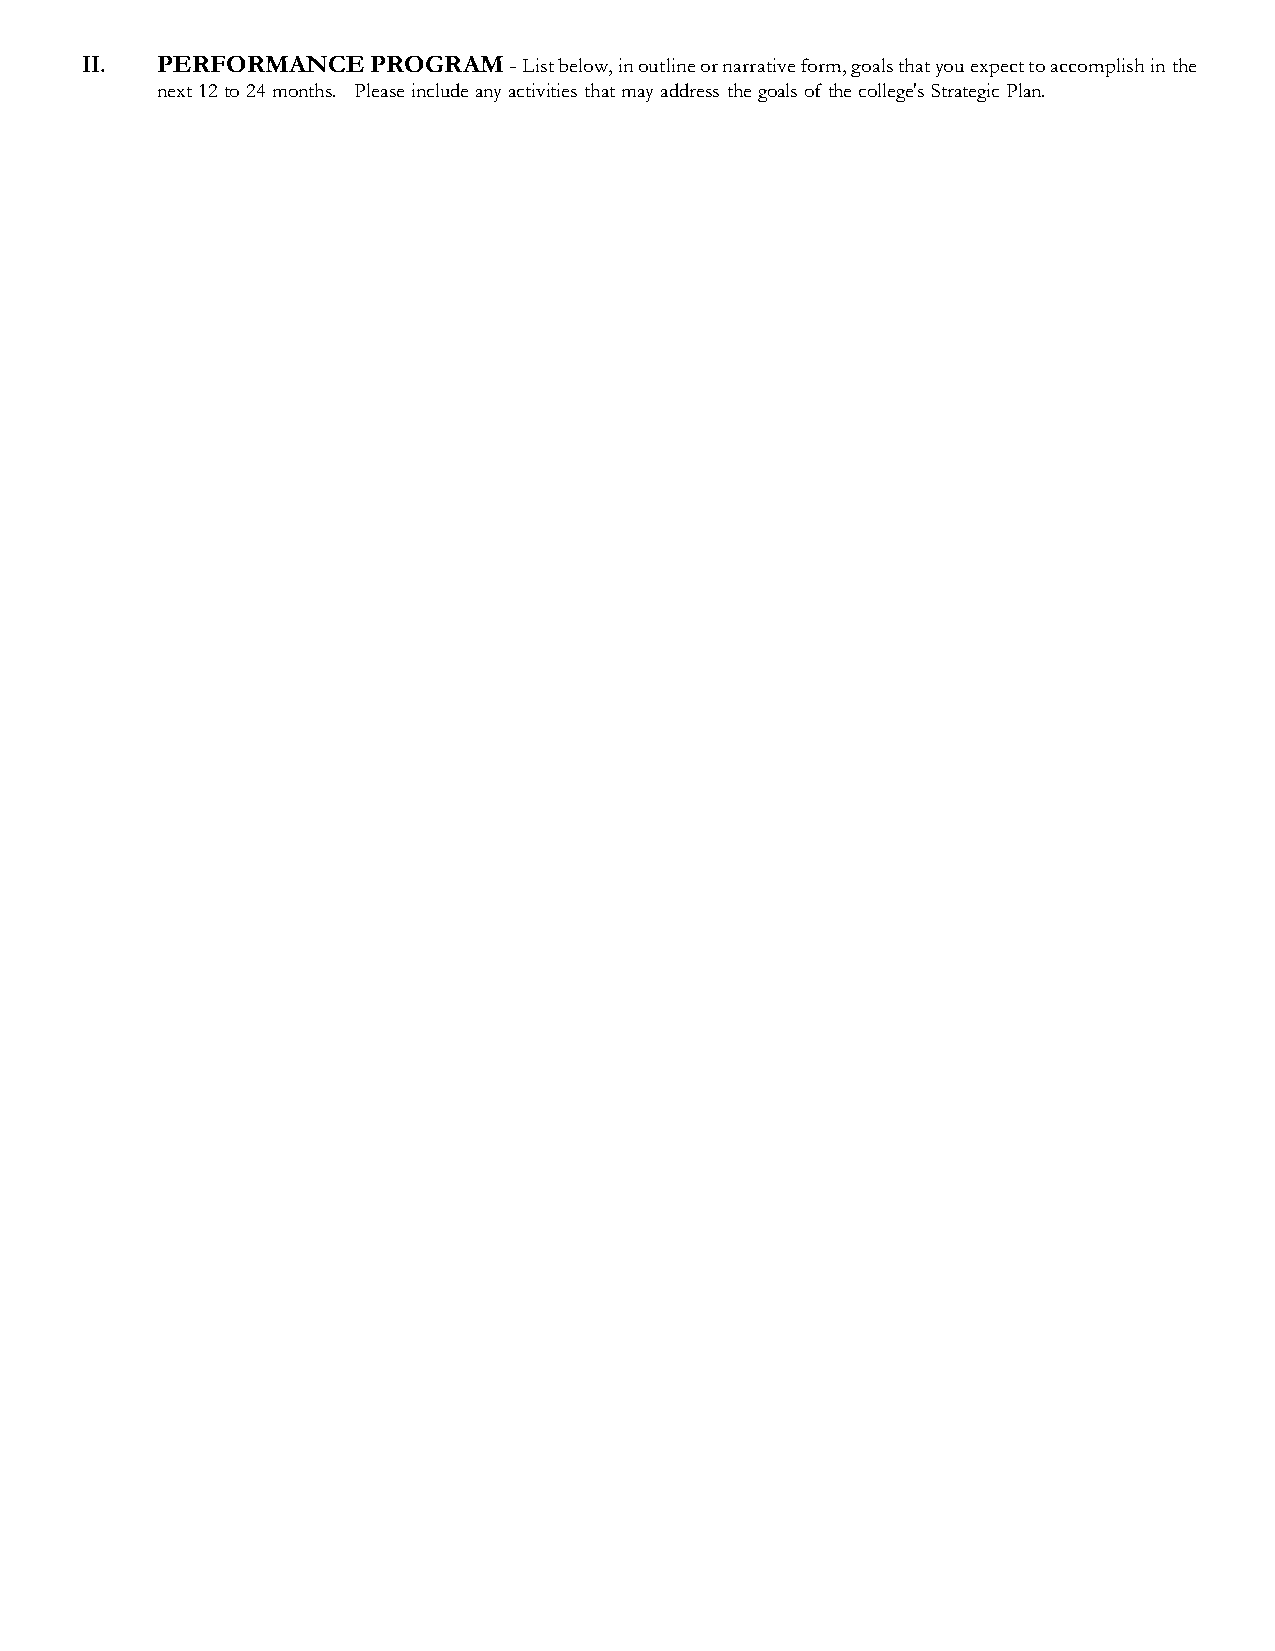
II.  PERFORMANCE    PROGRAM  - List below, in outline or narrative form, goals that you expect to accomplish in the
 next 12 to 24 months. Please include any activities that may address the goals of the college's Strategic Plan.